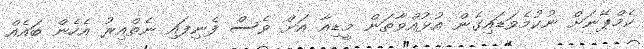
ކެމްޕޭނަށް ނުކުމެވަޑައިގެން އުޅުއްވާތަން މީޑިއާ އަށް ވެސް ފެނިފައި ނެތްއިރު އެހެން ބައެއް